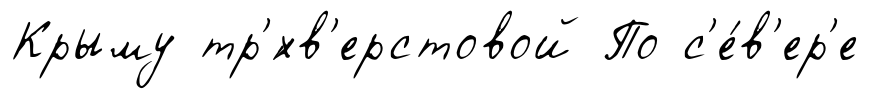
Крыму тр'́хв'ерстовой По с'е́в'ер'е